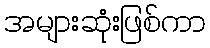
အများဆုံးဖြစ်ကာ